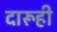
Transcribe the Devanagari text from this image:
दारूही